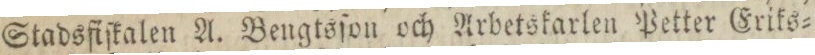
Stadsfiſkalen A. Bengtsſon och Arbetskarlen Petter Eriks=